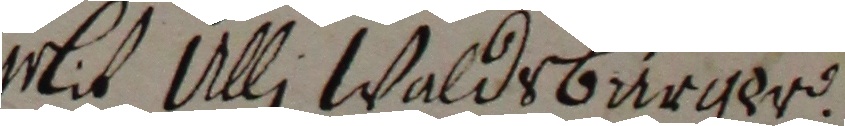
mlit Ulli Waldsburger